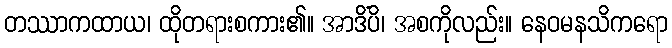
တဿာကထာယ၊ ထိုတရားစကား၏။ အာဒိံပိ၊ အစကိုလည်း။ နေဝမနသိကရော